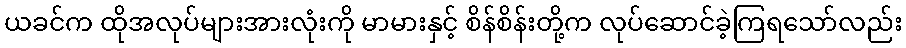
ယခင်က ထိုအလုပ်များအားလုံးကို မာမားနှင့် စိန်စိန်းတို့က လုပ်ဆောင်ခဲ့ကြရသော်လည်း